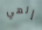
إلهي